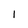
Character: I